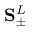
\mathbf { S } _ { \pm } ^ { L }